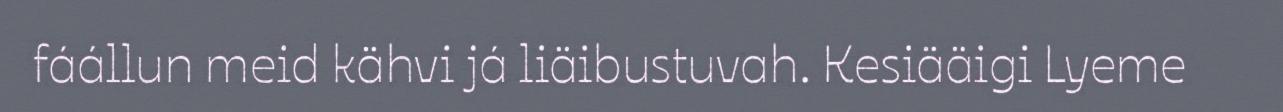
fáállun meid kähvi já liäibustuvah. Kesiääigi Lyeme